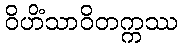
ဝိဟိံသာဝိတက္ကဿ